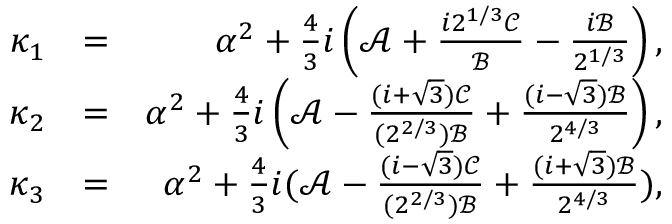
\begin{array} { r l r } { \kappa _ { 1 } } & { = } & { \alpha ^ { 2 } + \frac { 4 } { 3 } i \left( \mathcal { A } + \frac { i 2 ^ { 1 / 3 } \mathcal { C } } { \mathcal { B } } - \frac { i \mathcal { B } } { 2 ^ { 1 / 3 } } \right) , } \\ { \kappa _ { 2 } } & { = } & { \alpha ^ { 2 } + \frac { 4 } { 3 } i \left( \mathcal { A } - \frac { ( i + \sqrt { 3 } ) \mathcal { C } } { ( 2 ^ { 2 / 3 } ) \mathcal { B } } + \frac { ( i - \sqrt { 3 } ) \mathcal { B } } { 2 ^ { 4 / 3 } } \right) , } \\ { \kappa _ { 3 } } & { = } & { \alpha ^ { 2 } + \frac { 4 } { 3 } i ( \mathcal { A } - \frac { ( i - \sqrt { 3 } ) \mathcal { C } } { ( 2 ^ { 2 / 3 } ) \mathcal { B } } + \frac { ( i + \sqrt { 3 } ) \mathcal { B } } { 2 ^ { 4 / 3 } } ) , } \end{array}